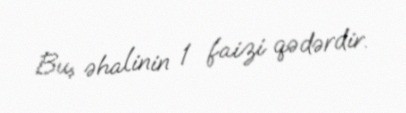
Bu, əhalinin 1 faizi qədərdir.